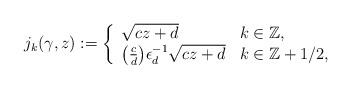
LaTeX: \begin{align*}j_k(\gamma,z) := \left\{\begin{array}{ll}\sqrt{cz+d} & k \in \mathbb{Z},\\\bigl(\frac{c}{d}\bigr)\epsilon_d^{-1}\sqrt{cz+d}& k \in \mathbb{Z}+1/2,\end{array} \right.\end{align*}